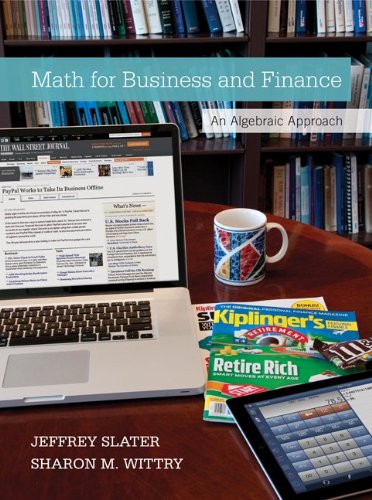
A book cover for MATH FOR BUSINESS AND FINANCE: AN ALGEBRAIC APPROACH 1E; Jeffrey Slater; Business & Money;